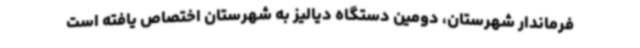
فرماندار شهرستان، دومین دستگاه دیالیز به شهرستان اختصاص یافته است